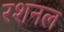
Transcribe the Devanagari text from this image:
रशनल